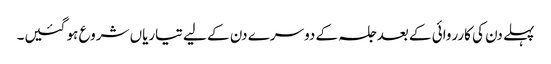
پہلے دن کی کارروائی کے بعد جلسہ کے دوسرے دن کے لیے تیاریاں شروع ہو گئیں۔